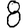
Digit: 8